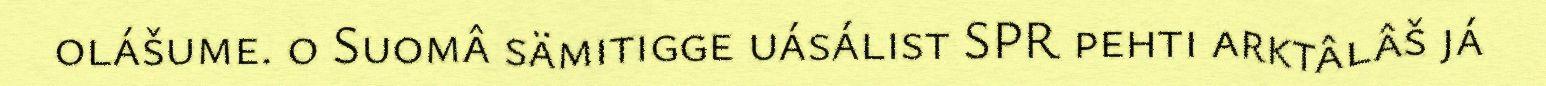
olášume. o Suomâ sämitigge uásálist SPR pehti arktâlâš já